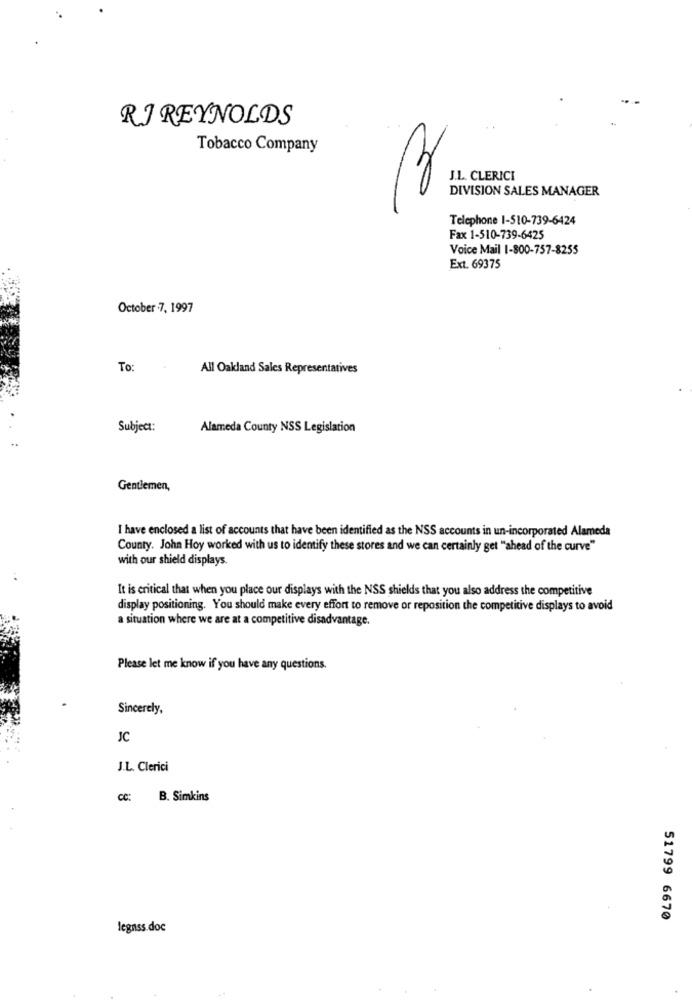
RJ REYNOLDS
Tobacco Company
J.L. CLERICI
DIVISION SALES MANAGER
Telephone 1-510-739-6424
Fax 1-510-739-6425
Voice Mail 1-800-757-8255
Ext. 69375
October .7, 1997
To:
All Oakland Sales Representatives
Subject:
Alameda County NSS Legislation
..
Gentlemen,
I have enclosed a list of accounts that have been identified as the NSS accounts in un-incorporated Alameda
County. John Hoy worked with us to identify these stores and we can certainly get "ahead of the curve"
with our shield displays.
It is critical that when you place our displays with the NSS shields that you also address the competitive
display positioning. You should make every effort to remove or reposition the competitive displays to avoid
a situation where we are at a competitive disadvantage.
Please let me know if you have any questions.
Sincerely,
JC
J.L. Clerici
CC: B. Simkins
51799 6670
legnss.doc